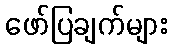
ဖော်ပြချက်များ